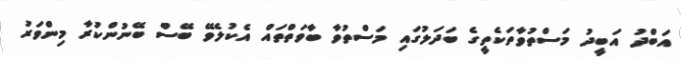
އަބްދު އަބީދު މަސްތުވާތަކެތީގެ ބަދަލުގައި މަސްތުވާ ބާވަތްތައް އެކުލެވޭ ބޭސް ބޭނުންކުރާ މިންވަރު